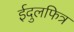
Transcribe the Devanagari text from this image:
ईदुलफित्र